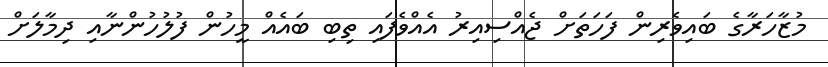
މުޒާހަރާގެ ބައިވެރިން ފަހަތަށް ޖެއްސިއިރު އެއްވެފައި ތިބި ބައެއް މީހުން ފުލުހުންނާއި ދިމާލަށް